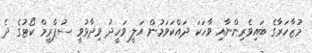
މުޒާހަރާގެ ބައިވެރިންނާއި ވާހަކަ ދައްކަވަމުން އަލީ ވަހީދު ވިދާޅުވީ ސުޕްރީމް ކޯޓުގެ ދެ